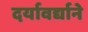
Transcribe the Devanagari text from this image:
दर्यावर्द्याने